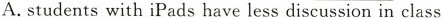
A.students with iPads have less discussion in class